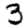
Digit: 3